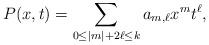
LaTeX: \begin{align*} P(x,t) = \sum_{0\le |m| + 2\ell \le k} a_{m,\ell} x^m t^\ell, \end{align*}